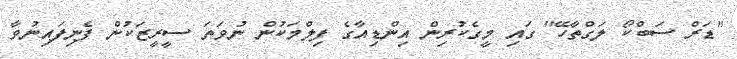
"ޑަރް ސަބްކޯ ލަގްތާހޭ" ގައި މީގެކުރިން އިންޑިއާގެ ފިލްމަކުން ނުވަތަ ސީރީޒަކުން ފެނިފައިނުވާ